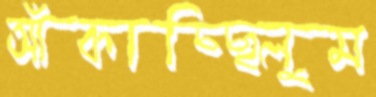
আঁকাচ্ছিলুম